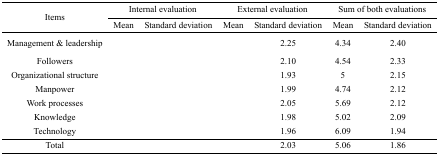
<table><thead><tr><td rowspan="3"><b>Items</b></td><td colspan="2"><b>Internal evaluation</b></td><td colspan="2"><b>External evaluation</b></td><td colspan="2"><b>Sum of both evaluations</b></td></tr><tr><td><b>Mean</b></td><td><b>Standard deviation</b></td><td><b>Mean</b></td><td><b>Standard deviation</b></td><td><b>Mean</b></td><td><b>Standard deviation</b></td></tr></thead><tbody><tr><td>Management &amp; leadership</td><td>[EMPTY_CELL]</td><td>[EMPTY_CELL]</td><td>[EMPTY_CELL]</td><td>2.25</td><td>4.34</td><td>2.40</td></tr><tr><td>Followers</td><td>[EMPTY_CELL]</td><td>[EMPTY_CELL]</td><td>[EMPTY_CELL]</td><td>2.10</td><td>4.54</td><td>2.33</td></tr><tr><td>Organizational structure</td><td>[EMPTY_CELL]</td><td>[EMPTY_CELL]</td><td>[EMPTY_CELL]</td><td>1.93</td><td>5</td><td>2.15</td></tr><tr><td>Manpower</td><td>[EMPTY_CELL]</td><td>[EMPTY_CELL]</td><td>[EMPTY_CELL]</td><td>1.99</td><td>4.74</td><td>2.12</td></tr><tr><td>Work processes</td><td>[EMPTY_CELL]</td><td>[EMPTY_CELL]</td><td>[EMPTY_CELL]</td><td>2.05</td><td>5.69</td><td>2.12</td></tr><tr><td>Knowledge</td><td>[EMPTY_CELL]</td><td>[EMPTY_CELL]</td><td>[EMPTY_CELL]</td><td>1.98</td><td>5.02</td><td>2.09</td></tr><tr><td>Technology</td><td>[EMPTY_CELL]</td><td>[EMPTY_CELL]</td><td>[EMPTY_CELL]</td><td>1.96</td><td>6.09</td><td>1.94</td></tr><tr><td>Total</td><td>[EMPTY_CELL]</td><td>[EMPTY_CELL]</td><td>[EMPTY_CELL]</td><td>2.03</td><td>5.06</td><td>1.86</td></tr></tbody></table>